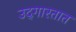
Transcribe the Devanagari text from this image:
उद्‌गारतात